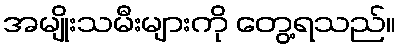
အမျိုးသမီးများကို တွေ့ရသည်။